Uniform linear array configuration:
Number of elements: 8
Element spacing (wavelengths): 0.25
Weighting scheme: hamming
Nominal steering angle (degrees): -15
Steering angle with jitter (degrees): -16.735
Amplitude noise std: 0.05
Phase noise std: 0.05

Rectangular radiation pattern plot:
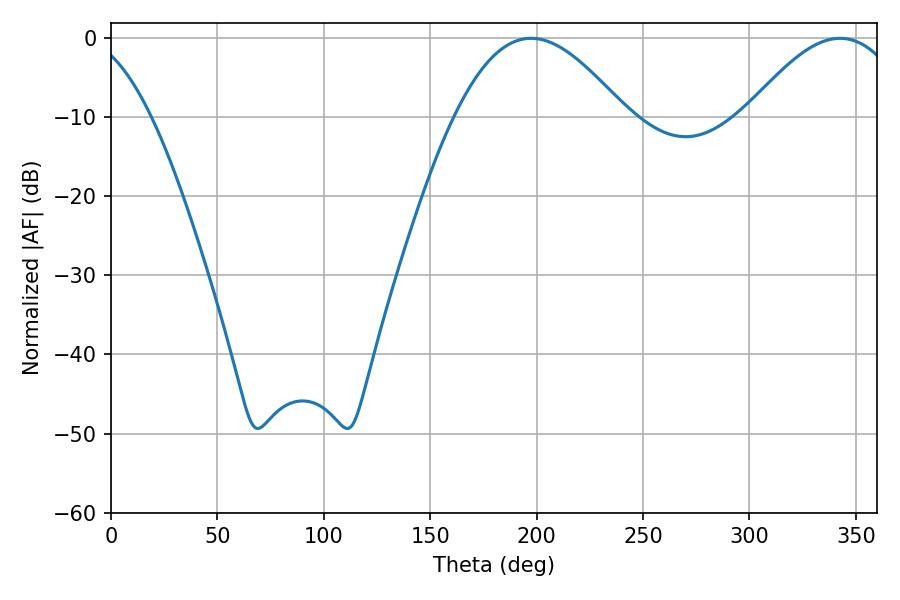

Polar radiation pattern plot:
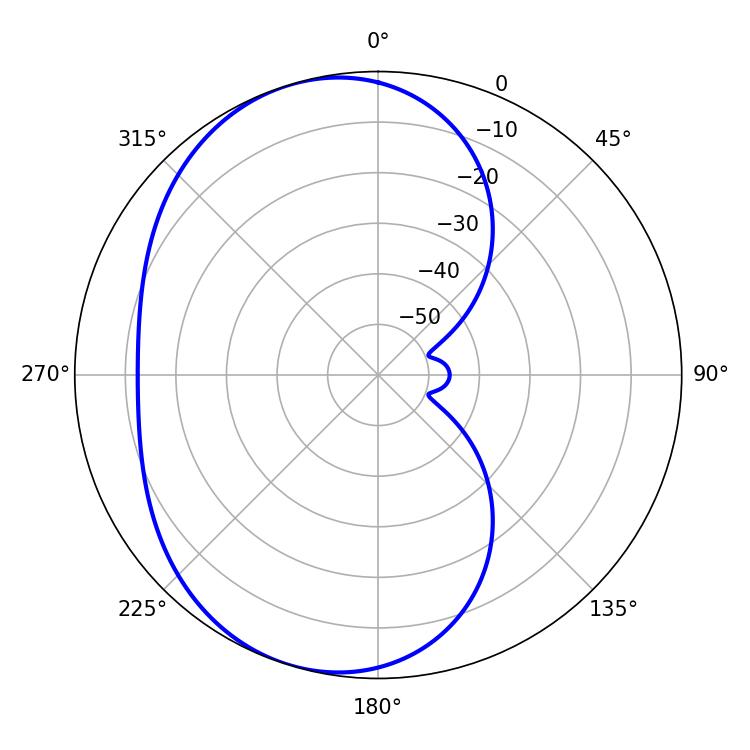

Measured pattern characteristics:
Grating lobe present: FALSE
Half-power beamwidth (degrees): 43.38
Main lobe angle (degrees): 197.46